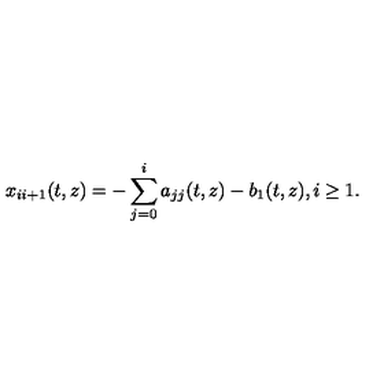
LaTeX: x _ { i i + 1 } ( t , z ) = - \sum _ { j = 0 } ^ { i } a _ { j j } ( t , z ) - b _ { 1 } ( t , z ) , i \geq 1 .